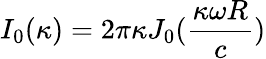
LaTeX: I_{0}(\kappa)=2\pi{\kappa}{J_{0}(\frac{\kappa\omega{R}}{c})}